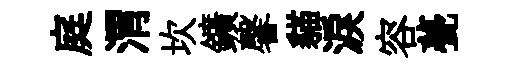
庭渭坎鑛馨貓淚容甍